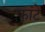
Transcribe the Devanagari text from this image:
फांटे